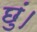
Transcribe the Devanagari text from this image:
छुं।